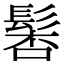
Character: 𩭸